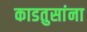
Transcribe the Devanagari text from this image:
काडतुसांना